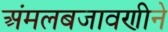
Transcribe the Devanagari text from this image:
अंमलबजावणीने